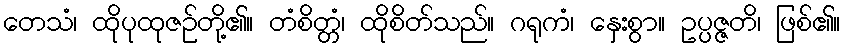
တေသံ၊ ထိုပုထုဇဉ်တို့၏။ တံစိတ္တံ၊ ထိုစိတ်သည်။ ဂရုကံ၊ နှေးစွာ။ ဥပ္ပဇ္ဇတိ၊ ဖြစ်၏။